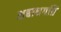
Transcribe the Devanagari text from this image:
अबाधगति